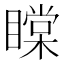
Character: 𥊲